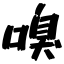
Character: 嗅